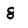
Character: 8